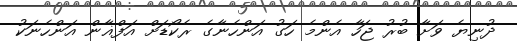
ދުނިޔެ ވަށާ ބުރު ޖަހާ އެންމެ ހަގު އަންހެނާގެ ރެކޯޑަށް އަފްޣާން އަންހެނަކު